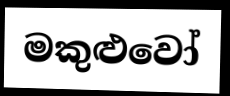
මකුළුවෝ